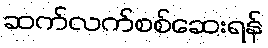
ဆက်လက်စစ်ဆေးရန်